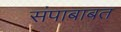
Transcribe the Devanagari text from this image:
संपाबाबत